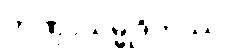
တဏှာသမ္မုဒိတဿ